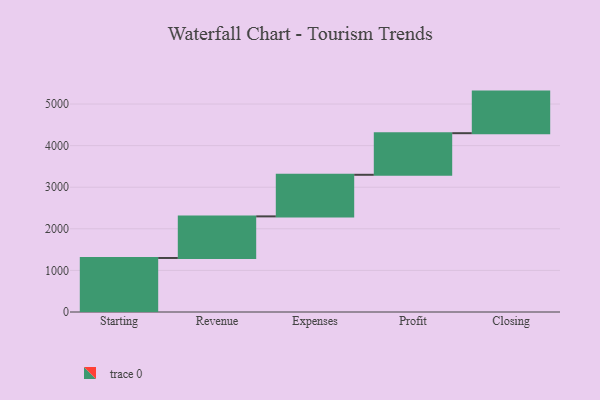
{"axis": {"x": "Step", "y": "Value"}, "legend": [""], "data": [{"x": "Starting", "y": 1299.0, "type": ""}, {"x": "Revenue", "y": 1000, "type": ""}, {"x": "Expenses", "y": 1000, "type": ""}, {"x": "Profit", "y": 1000, "type": ""}, {"x": "Closing", "y": 1000, "type": ""}]}